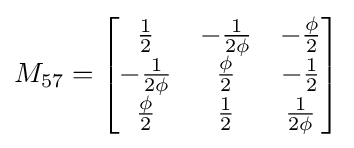
M_{57}={\begin{bmatrix}{\frac {1}{2}}&-{\frac {1}{2\phi }}&-{\frac {\phi }{2}}\\-{\frac {1}{2\phi }}&{\frac {\phi }{2}}&-{\frac {1}{2}}\\{\frac {\phi }{2}}&{\frac {1}{2}}&{\frac {1}{2\phi }}\end{bmatrix}}